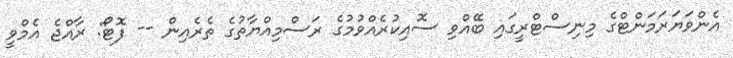
އެންވަޔަރަމަންޓްގެ މިނިސްޓްރީގައި ބޭއްވި ސޮއިކުރެއްވުމުގެ ރަސްމިއްޔާތުގެ ތެރެއިން -- ފޮޓޯ: ރާއްޖެ އެމްވީ